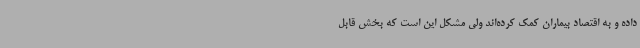
داده و به اقتصاد بیماران کمک کرده‌اند ولی مشکل این است که بخش قابل